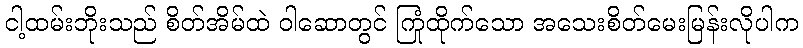
ငါ့ထမ်းဘိုးသည် စိတ်အိမ်ထဲ ဝါဆောတွင် ကြုံထိုက်သော အသေးစိတ်မေးမြန်းလိုပါက